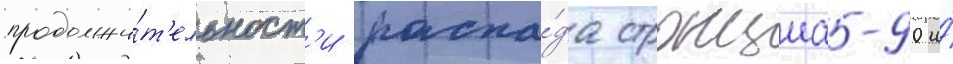
продолжи́т'ельност'и распа́да стронциа-90 и́